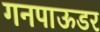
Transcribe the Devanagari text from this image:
गनपाऊडर